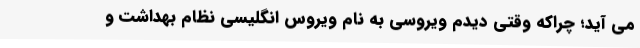
می آید؛ چراکه وقتی دیدم ویروسی به نام ویروس انگلیسی نظام بهداشت و